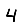
Digit: 4